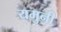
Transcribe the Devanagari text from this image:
यमुनी